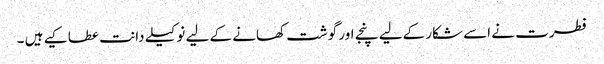
فطرت نے اسے شکار کےلیے پنجے اور گوشت کھانے کے لیے نوکیلے دانت عطا کیے ہیں ۔